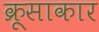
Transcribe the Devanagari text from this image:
क्रूसाकार